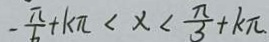
- \frac { \pi } { 6 } + k \pi < x < \frac { \pi } { 3 } + k \pi .